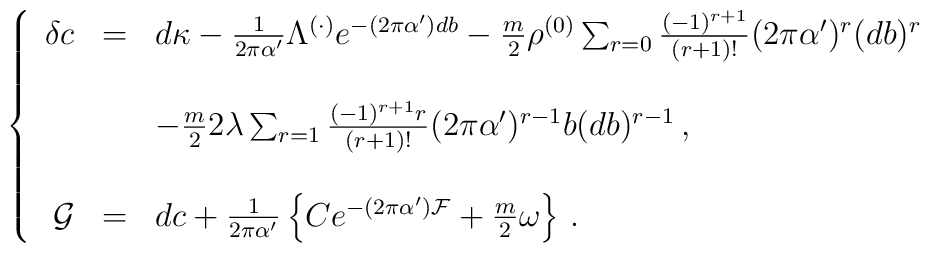
\left\{\begin{array}{rcl}\delta c & = &  d\kappa -\frac{1}{2\pi\alpha^{\prime}}\Lambda^{(\cdot)}e^{-(2\pi\alpha^{\prime})db}  -\frac{m}{2}\rho^{(0)}\sum_{r=0}\frac{(-1)^{r+1}}{(r+1)!} (2\pi\alpha^{\prime})^{r} (db)^{r} \\& & \\& &-\frac{m}{2}2\lambda \sum_{r=1}\frac{(-1)^{r+1}r}{(r+1)!} (2\pi\alpha^{\prime})^{r-1}b(db)^{r-1}\, ,\\& & \\{\cal G} & = & dc +\frac{1}{2\pi\alpha^{\prime}}\left\{Ce^{-(2\pi\alpha^{\prime}){\cal F}} +\frac{m}{2}\omega \right\}\, .\\\end{array}\right.